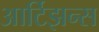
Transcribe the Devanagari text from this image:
आर्टिझन्स